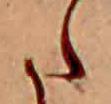
た